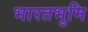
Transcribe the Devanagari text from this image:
भारतभुमि